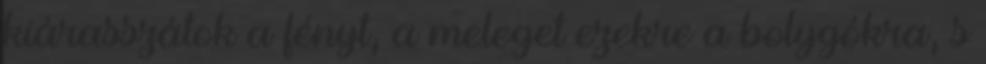
kiárasszátok a fényt, a meleget ezekre a bolygókra, s